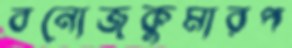
বনোজকুমারপ